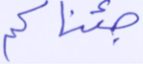
جئناكم